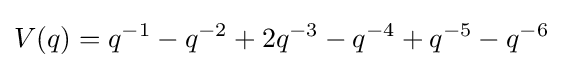
V(q)=q^{-1}-q^{-2}+2q^{-3}-q^{-4}+q^{-5}-q^{-6}